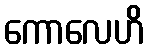
ကောလေဟိ